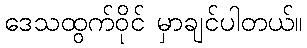
ဒေသထွက်ဝိုင် မှာချင်ပါတယ်။